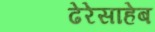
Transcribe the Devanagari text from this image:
ढेरेसाहेब